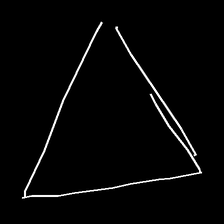
Glyph: convergence